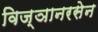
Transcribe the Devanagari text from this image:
विज्ञानरसेन